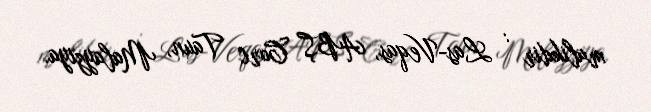
malikdir : Las-Veqas, ABŞ Corc Taun, Malayziya.